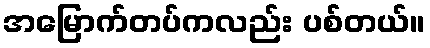
အမြောက်တပ်ကလည်း ပစ်တယ်။